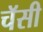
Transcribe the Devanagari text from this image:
चॅसी